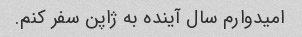
امیدوارم سال آینده به ژاپن سفر کنم.